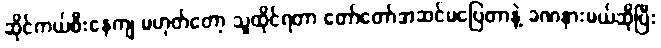
ဆိုင်ကယ်စီးနေကျ မဟုတ်တော့ သူထိုင်ရတာ တော်တော်အဆင်မပြေတာနဲ့ ခဏနားမယ်ဆိုပြီး